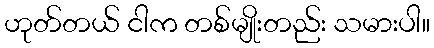
ဟုတ်တယ် ငါက တစ်မျိုးတည်း သမားပါ။